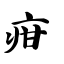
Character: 疳